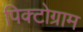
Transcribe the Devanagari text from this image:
पिक्टोग्राम